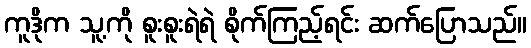
ကူဒိုက သူ့ကို စူးစူးရဲရဲ စိုက်ကြည့်ရင်း ဆက်ပြောသည်။